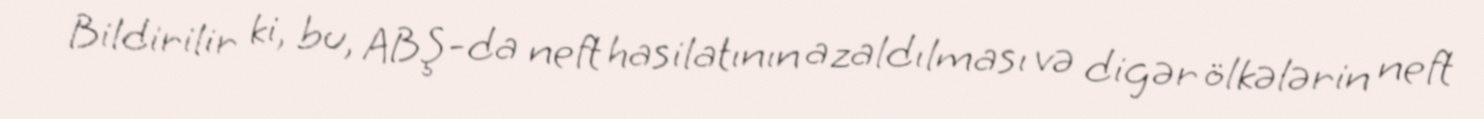
Bildirilir ki, bu, ABŞ-da neft hasilatının azaldılması və digər ölkələrin neft